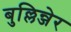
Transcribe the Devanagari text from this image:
बुल्लिन्जेर